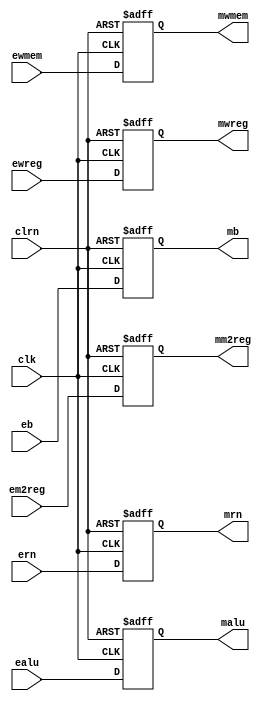
module pipeemreg (ewreg,em2reg,ewmem,ealu,eb,ern,clk,clrn,
	mwreg,mm2reg,mwmem,malu,mb,mrn);
	input [31:0] ealu,eb;
	input [4:0]  ern;
	input        ewreg,em2reg,ewmem;
	input		 clk,clrn;
	output [31:0] malu,mb;
	output [4:0]  mrn;
	output        mwreg,mm2reg,mwmem;
	
	reg [31:0]    malu,mb;
	reg [4:0]     mrn;
	reg			  mwreg,mm2reg,mwmem;
	
	always @ (negedge clrn or posedge clk)
		if (clrn == 0)
		begin
			malu   <= 32'b0;
			mb     <= 32'b0;
			mrn    <= 5'b0;
			mwreg   <= 1'b0;
			mm2reg <= 1'b0;
			mwmem  <= 1'b0;
		end
		else
		begin
			malu   <= ealu;
			mb     <= eb;
			mrn    <= ern;
			mwreg   <= ewreg;
			mm2reg <= em2reg;
			mwmem  <= ewmem;
		end
endmodule